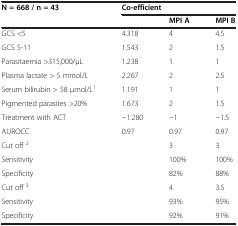
<table><thead><tr><td><b>N = 668 / n = 43</b></td><td colspan="3"><b>Co-efficient</b></td></tr><tr><td><b> </b></td><td><b> </b></td><td><b>MPI A</b></td><td><b>MPI B</b></td></tr></thead><tbody><tr><td>GCS &lt;5</td><td>4.318</td><td>4</td><td>4.5</td></tr><tr><td>GCS 5-11</td><td>1.543</td><td>2</td><td>1.5</td></tr><tr><td>Parasitaemia &gt;315,000/μL</td><td>1.238</td><td>1</td><td>1</td></tr><tr><td>Plasma lactate &gt; 5 mmol/L</td><td>2.267</td><td>2</td><td>2.5</td></tr><tr><td>Serum bilirubin &gt; 58 μmol/L<sup>1</sup></td><td>1.191</td><td>1</td><td>1</td></tr><tr><td>Pigmented parasites &gt;20%</td><td>1.673</td><td>2</td><td>1.5</td></tr><tr><td>Treatment with ACT</td><td>−1.280</td><td>−1</td><td>−1.5</td></tr><tr><td>AUROCC</td><td>0.97</td><td>0.97</td><td>0.97</td></tr><tr><td>Cut off <sup>2</sup></td><td> </td><td>3</td><td>3</td></tr><tr><td>Sensitivity</td><td> </td><td>100%</td><td>100%</td></tr><tr><td>Specificity</td><td> </td><td>82%</td><td>88%</td></tr><tr><td>Cut off <sup>3</sup></td><td> </td><td>4</td><td>3.5</td></tr><tr><td>Sensitivity</td><td> </td><td>93%</td><td>95%</td></tr><tr><td>Specificity</td><td> </td><td>92%</td><td>91%</td></tr></tbody></table>